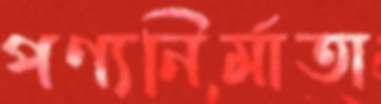
পণ্যনির্মাতা